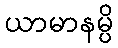
ယာမာနမ္ပိ